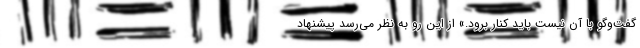
گفت‌وگو با آن نیست باید کنار برود.» از این ‌رو به ‌نظر می‌رسد پیشنهاد